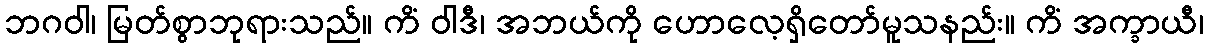
ဘဂဝါ၊ မြတ်စွာဘုရားသည်။ ကိံ ဝါဒီ၊ အဘယ်ကို ဟောလေ့ရှိတော်မူသနည်း။ ကိံ အက္ခာယီ၊